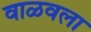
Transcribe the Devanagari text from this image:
वाळवला